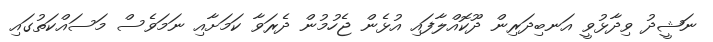
ނަޝީދު ވިދާޅުވީ އަނބިދަރިން ދޫކޮއްލާފައި އުޅެން ޖެހުމުން ދެރަވާ ކަމަށާއި ނަމަވެސް މަސައްކަތުގައި